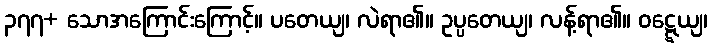
၃၇၇+ သောအကြောင်းကြောင့်။ ပတေယျ၊ လဲရာ၏။ ဥပ္ပတေယျ၊ လန့်ရာ၏။ ဝဋ္ဋေယျ၊